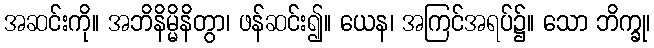
အဆင်းကို။ အဘိနိမ္မိနိတွာ၊ ဖန်ဆင်း၍။ ယေန၊ အကြင်အရပ်၌။ သော ဘိက္ခု၊